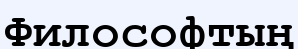
Философтың